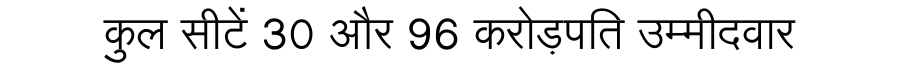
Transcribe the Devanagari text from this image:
कुल सीटें 30 और 96 करोड़पति उम्मीदवार